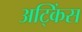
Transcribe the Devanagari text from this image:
अट्किंस